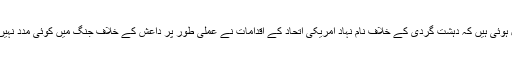
یہ ثمرات اور کامیابیاں ایسے عالم میں حاصل ہوئی ہیں کہ دہشت گردی کے خلاف نام نہاد امریکی اتحاد کے اقدامات نے عملی طور پر داعش کے خلاف جنگ میں کوئی مدد نہیں کی ہے اور ایک لاحاصل اتحاد ثابت ہوا ہے۔